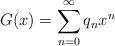
LaTeX: \begin{align*} G(x)=\sum_{n=0}^{\infty} q_n x^n\end{align*}